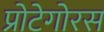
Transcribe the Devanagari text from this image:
प्रोटेगोरस